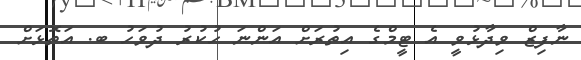
ނާފިޒް ވިދާޅުވީ އެ ޓީމްގެ އިތުރަށް އަންނަ ހުކުރު ދުވަހު ބ. އަތޮޅަށް